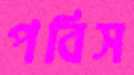
পবিস